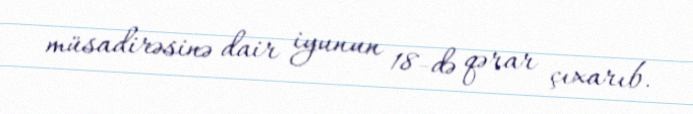
müsadirəsinə dair iyunun 18-də qərar çıxarıb.